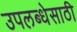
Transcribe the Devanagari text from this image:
उपलब्धेसाठी